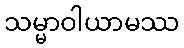
သမ္မာဝါယာမဿ